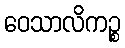
ဝေသာလိကဉ္စ